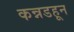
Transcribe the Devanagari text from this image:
कन्नडहून